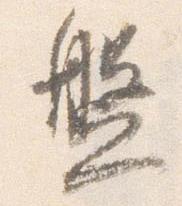
盤